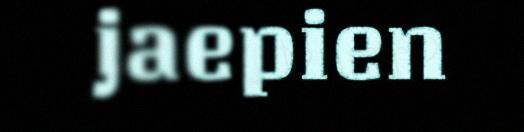
jaepien